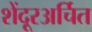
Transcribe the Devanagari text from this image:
शेंदूरअर्चित